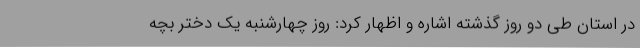
در استان طی دو روز گذشته اشاره و اظهار کرد: روز چهارشنبه یک دختر بچه